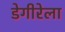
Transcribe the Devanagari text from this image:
डेगीरेला